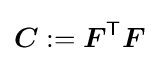
{\boldsymbol {C}}:={\boldsymbol {F}}^{\textsf {T}}{\boldsymbol {F}}